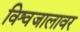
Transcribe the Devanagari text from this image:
विश्वजालावर